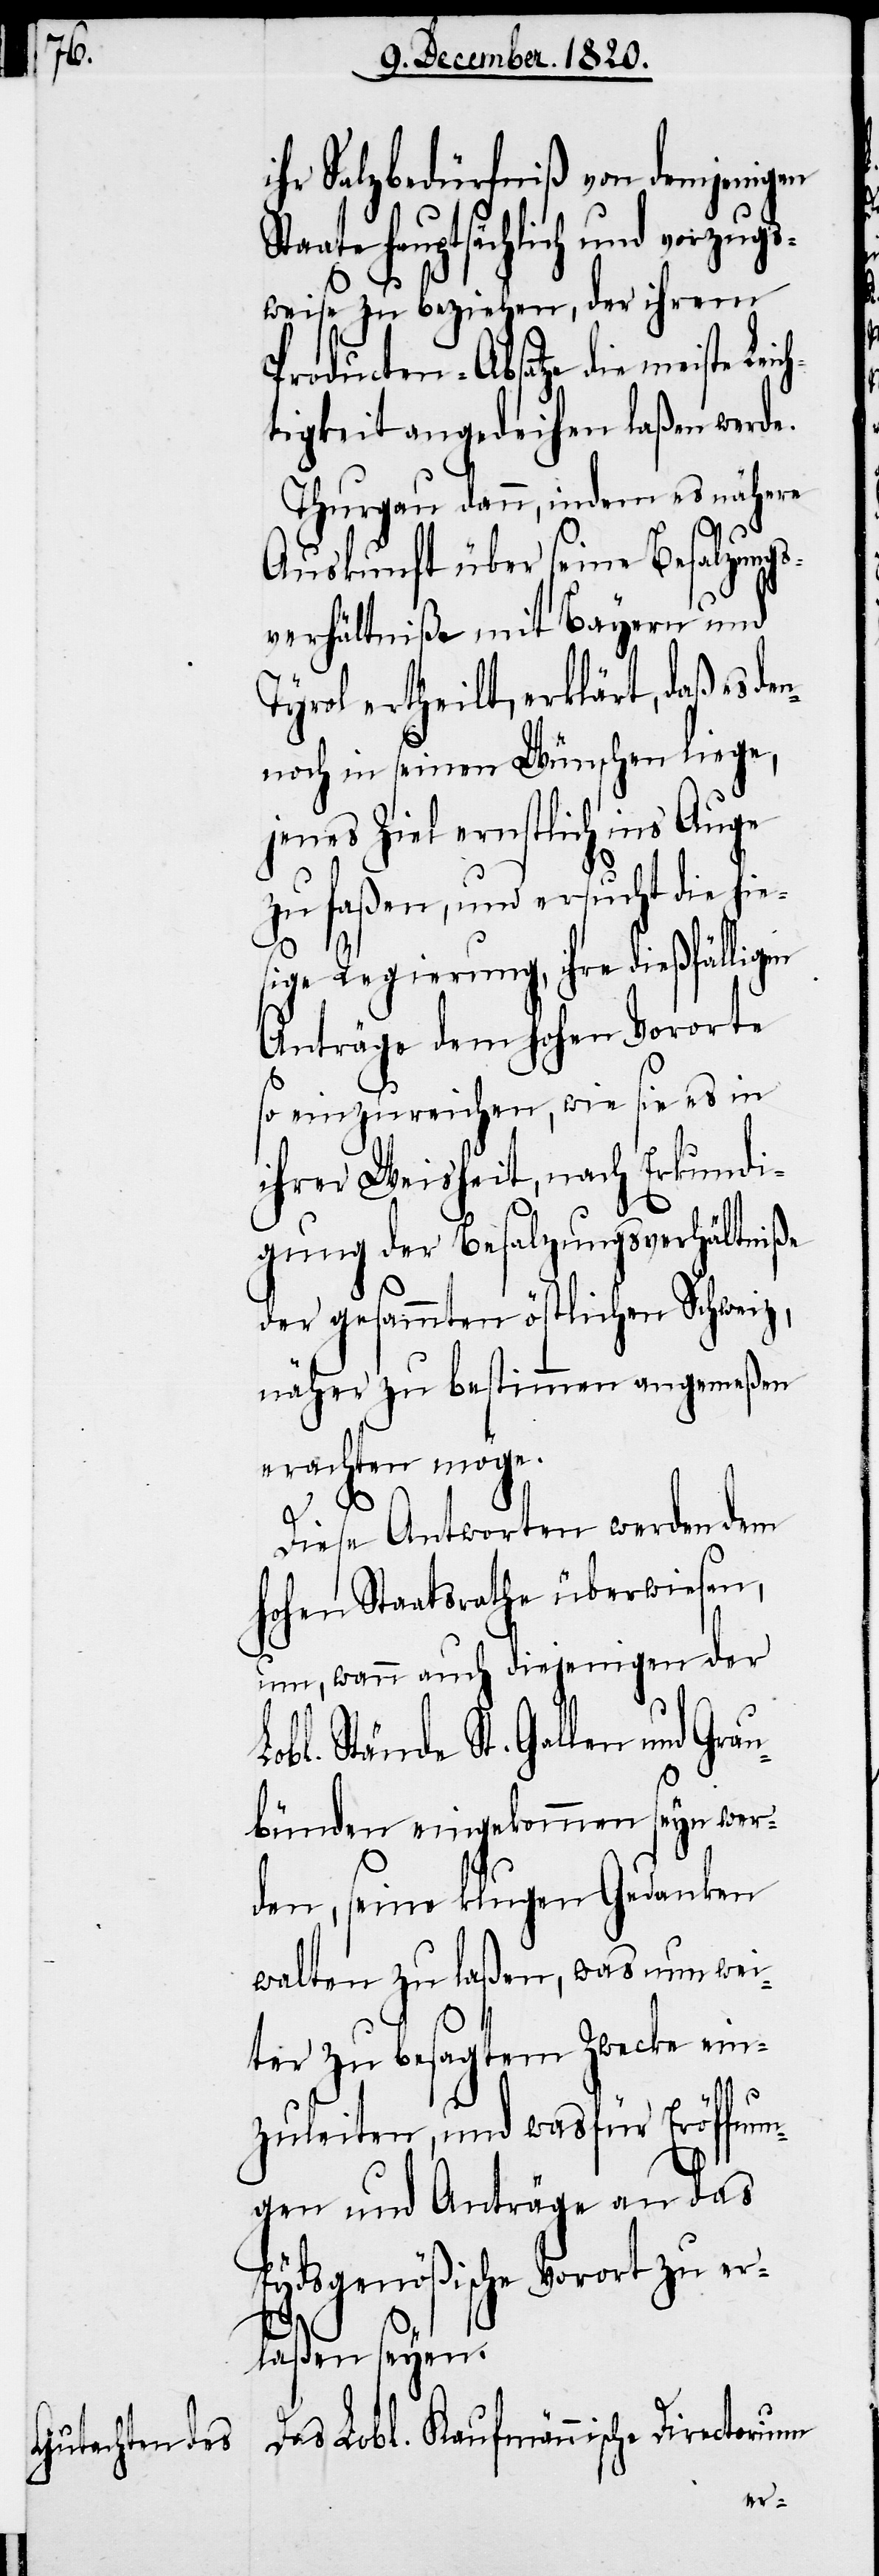
ihr Salzbedürfniß von demjenigen
aate hauptsächlich und vorzugs¬
weise zu beziehen, der ihrem
Producten-Absatz die meiste Leic¬
htigkeit angedeihen laßen werde.
Thurgau dann, indem es nähere
Auskunft über seine Besalzungs¬
verhältniße mit Bayern und
Tyrol ertheilt, erklärt, daß es de¬
noch in seinen Wünschen liege,
jenes Ziel ernstlich ins Auge
zu faßen, und ersucht die hie¬
sige Regierung, ihre dießfällig¬
Anträge dem hohen Vororte
so einzureichen, wie sie es in
ihrer Weisheit, nach Erkundi¬
gung der Besalzungsverhältniße
der gesammten östlichen Schweiz,
näher zu bestimmen angemeßen
erachten möge.
Diese Antworten werden dem
hohen Staatsrathe überwiesen,
um, wann auch diejenigen der
bl. Stände St. Gallen und
Lo¬
bünden eingekommen seyn wer¬
den, seine klugen Gedanken
walten zu laßen, was nun wei¬
ter zu besagtem Zwecke ein¬
zuleiten, und was für Eröffnun¬
gen und Anträge an das
Eydsgenößische Vorort zu er¬
laßen seyen.
Das Lobl. Kaufmännische Directorium
Grau¬